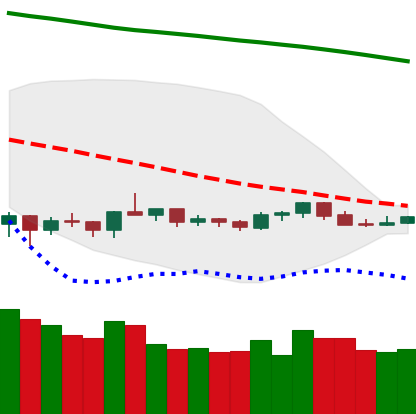
Ticker: NEO-USD
Chart end date: 2019-10-14
Forward return: -4.211%
Label: down_3_5